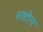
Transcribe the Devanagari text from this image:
रुष्टोन